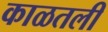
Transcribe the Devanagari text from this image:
काळतली